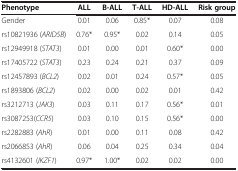
| Phenotype | ALL | B-ALL | T-ALL | HD-ALL | Risk group |
 | --- | --- | --- | --- | --- | --- |
 | Gender | 0.01 | 0.06 | 0.85* | 0.07 | 0.08 |
 | rs10821936 (ARID5B) | 0.76* | 0.95* | 0.02 | 0.14 | 0.05 |
 | rs12949918 (STAT3) | 0.01 | 0.00 | 0.01 | 0.60* | 0.00 |
 | rs17405722 (STAT3) | 0.23 | 0.24 | 0.21 | 0.37 | 0.09 |
 | rs12457893 (BCL2) | 0.02 | 0.01 | 0.24 | 0.57* | 0.05 |
 | rs1893806 (BCL2) | 0.02 | 0.00 | 0.02 | 0.01 | 0.42 |
 | rs3212713 (JAK3) | 0.03 | 0.11 | 0.17 | 0.56* | 0.01 |
 | rs3087253(CCR5) | 0.03 | 0.10 | 0.15 | 0.56* | 0.00 |
 | rs2282883 (AhR) | 0.01 | 0.00 | 0.11 | 0.08 | 0.42 |
 | rs2066853 (AhR) | 0.06 | 0.04 | 0.25 | 0.34 | 0.04 |
 | rs4132601 (IKZF1) | 0.97* | 1.00* | 0.02 | 0.02 | 0.00 |